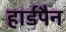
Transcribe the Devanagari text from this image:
हार्डपैन